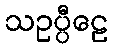
သဥပ္ပီဠေ